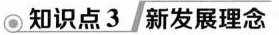
知识点3新发展理念